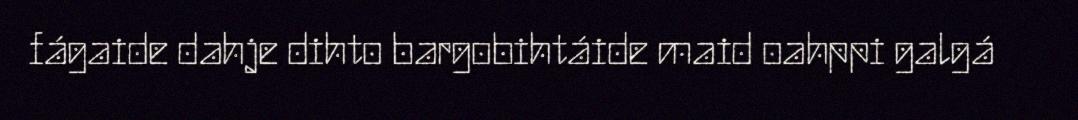
fágaide dahje dihto bargobihtáide maid oahppi galgá